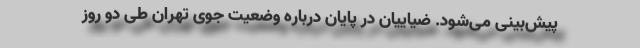
پیش‌بینی می‌شود. ضیاییان در پایان درباره وضعیت جوی تهران طی دو روز